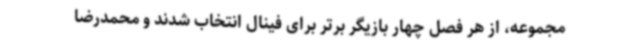
مجموعه، از هر فصل چهار بازیگر برتر برای فینال انتخاب شدند و محمدرضا